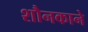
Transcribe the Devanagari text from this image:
शौनकाने